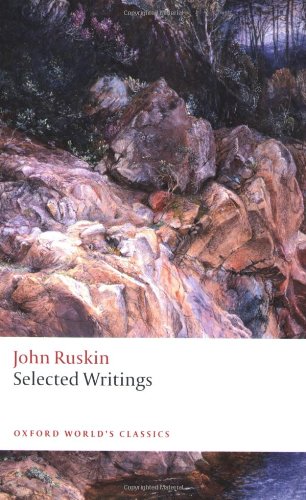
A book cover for Selected Writings (Oxford World's Classics); John Ruskin; Literature & Fiction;